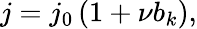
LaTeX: j=j_{0}\left(1+\nu b_{k}\right),